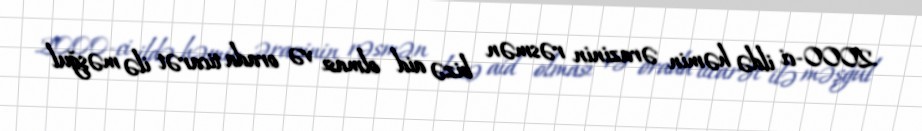
2000-ci ildə həmin ərazinin rəsmən bizə aid olması və orada ticarət ilə məşğul